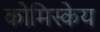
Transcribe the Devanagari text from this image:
कोमिस्केय